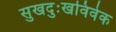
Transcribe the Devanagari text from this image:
सुखदुःखविवेक